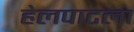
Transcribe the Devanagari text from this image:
हेलपाटला